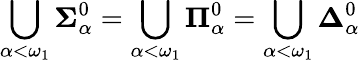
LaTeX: \bigcup_{\alpha<\omega_{1}}\mathbf{\Sigma}_{\alpha}^{0}=\bigcup_{\alpha<\omega_{1}}\mathbf{\Pi}_{\alpha}^{0}=\bigcup_{\alpha<\omega_{1}}\mathbf{\Delta}_{\alpha}^{0}